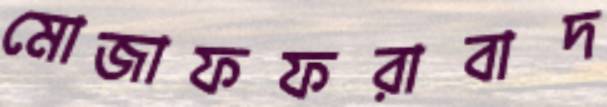
মোজাফফরাবাদ